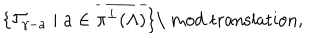
\{ { \cal T } _ { \gamma - a } \mid a \in \overline { { { \pi ^ { \perp } ( \Lambda ) } } } \} \mathrm { \ m o d ~ t r a n s l a t i o n } ,